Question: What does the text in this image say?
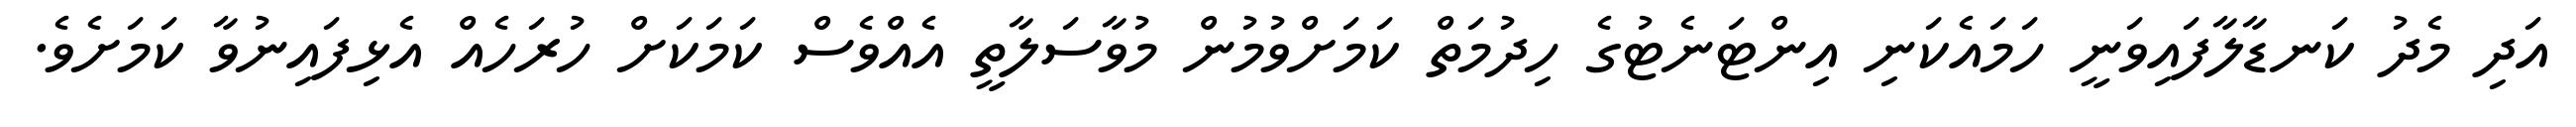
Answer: އަދި މެދު ކަނޑާލާފައިވަނީ ހަމައެކަނި އިންޓަނެޓުގެ ހިދުމަތް ކަމަށްވުމުން މުވާސަލާތީ އެއްވެސް ކަމަކަށް ހުރަހެއް އެޅިފައިނުވާ ކަމަށެވެ.